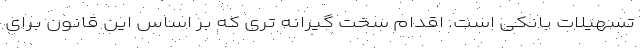
تسهیلات بانکی است. اقدام سخت گیرانه تری که بر اساس این قانون برای